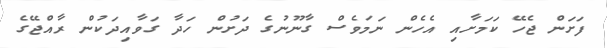
ފަށަން ޖެހޭ ކަމަށާއި އެހެން ނަމަވެސް ގާނޫނުގެ ދަށުން ހަދާ ގަވާއިދަކުން ރާއްޖޭގެ